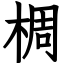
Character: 椆